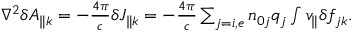
\begin{array} { r } { \nabla ^ { 2 } \delta A _ { \parallel { k } } = - \frac { 4 \pi } { c } \delta J _ { \parallel { k } } = - \frac { 4 \pi } { c } \sum _ { j = i , e } n _ { 0 j } q _ { j } \int v _ { \parallel } \delta f _ { j { k } } . } \end{array}